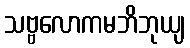
သဗ္ဗလောကမဘိဘုယျ